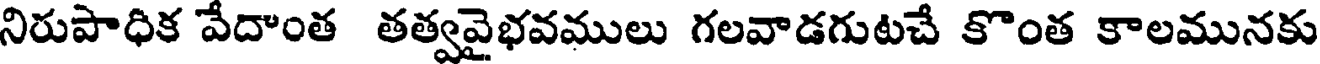
నిరుపాధిక వేదాంత తత్వవైభవములు గలవాడగుటచే కొంత కాలమునకు